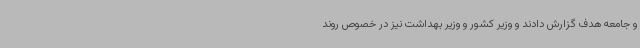
و جامعه هدف گزارش دادند و وزیر کشور و وزیر بهداشت نیز در خصوص روند